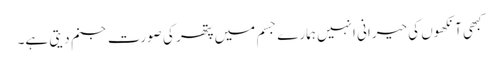
کبھی آنکھوں کی حیرانی انہیں ہمارے جسم میں پتھر کی صورت جنم دیتی ہے۔